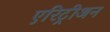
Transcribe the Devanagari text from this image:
एरिट्रीअन